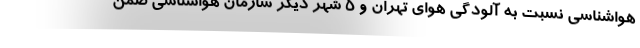
هواشناسی نسبت به آلودگی هوای تهران و ۵ شهر دیگر سازمان هواشناسی ضمن